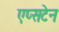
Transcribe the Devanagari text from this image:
एप्सटेन